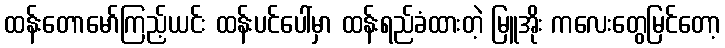
ထန်းတောမော်ကြည့်ယင်း ထန်းပင်ပေါ်မှာ ထန်းရည်ခံထားတဲ့ မြူအိုး ကလေးတွေမြင်တော့